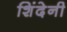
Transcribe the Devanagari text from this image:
शिंदेनी